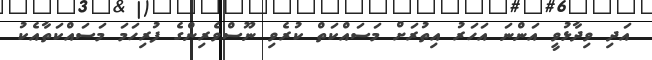
އަދި ވިދާޅުވީ އަންނަ އަހަރު އިތުރަށް މަސައްކަތް ކުރެވި ނޫސްވެރިންގެ ފުރިހަމަ މަސައްކަތާއެކު